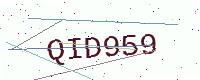
Text: QID959